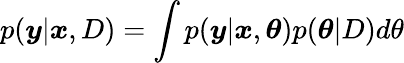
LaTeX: p(\boldsymbol{y}|\boldsymbol{x},D)=\int p(\boldsymbol{y}|\boldsymbol{x},\boldsymbol{\theta})p(\boldsymbol{\theta}|D)d\theta